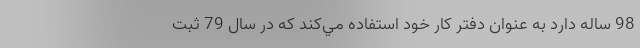
98 ساله دارد به عنوان دفتر كار خود استفاده مي‌كند كه در سال 79 ثبت